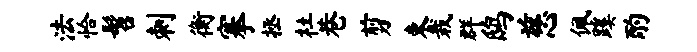
法恰髫刺衡搴拯杜巷剪束栽群鸱慈佩蹊酌